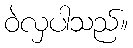
ဝဲလှပါသည်။